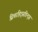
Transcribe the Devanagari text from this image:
सिचरहिट्सडिन्ट्स